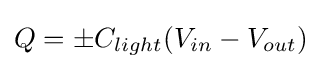
Q=\pm C_{light}(V_{in}-V_{out})